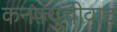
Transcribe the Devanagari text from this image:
कनफ़्यूचीवाद